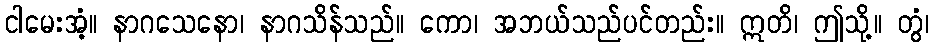
ငါမေးအံ့။ နာဂသေနော၊ နာဂသိန်သည်။ ကော၊ အဘယ်သည်ပင်တည်း။ ဣတိ၊ ဤသို့။ တွံ၊